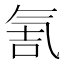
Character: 𰛀